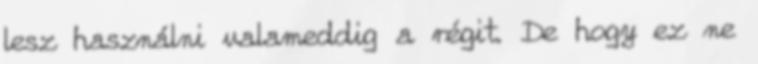
lesz használni valameddig a régit. De hogy ez ne